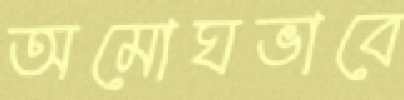
অমোঘভাবে